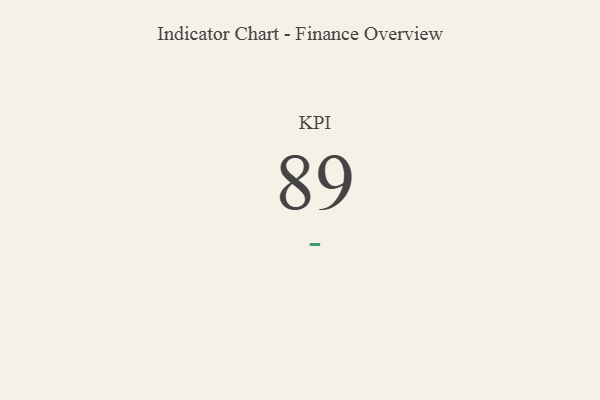
{"axis": {"x": "KPI", "y": "Value"}, "legend": [""], "data": [{"x": "KPI", "y": 89, "type": ""}]}